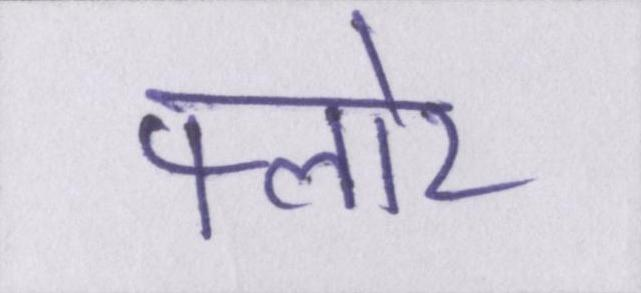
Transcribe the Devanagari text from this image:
फ्लोर